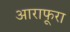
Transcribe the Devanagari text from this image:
आराफूरा